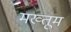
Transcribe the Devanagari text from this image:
मख्तूम